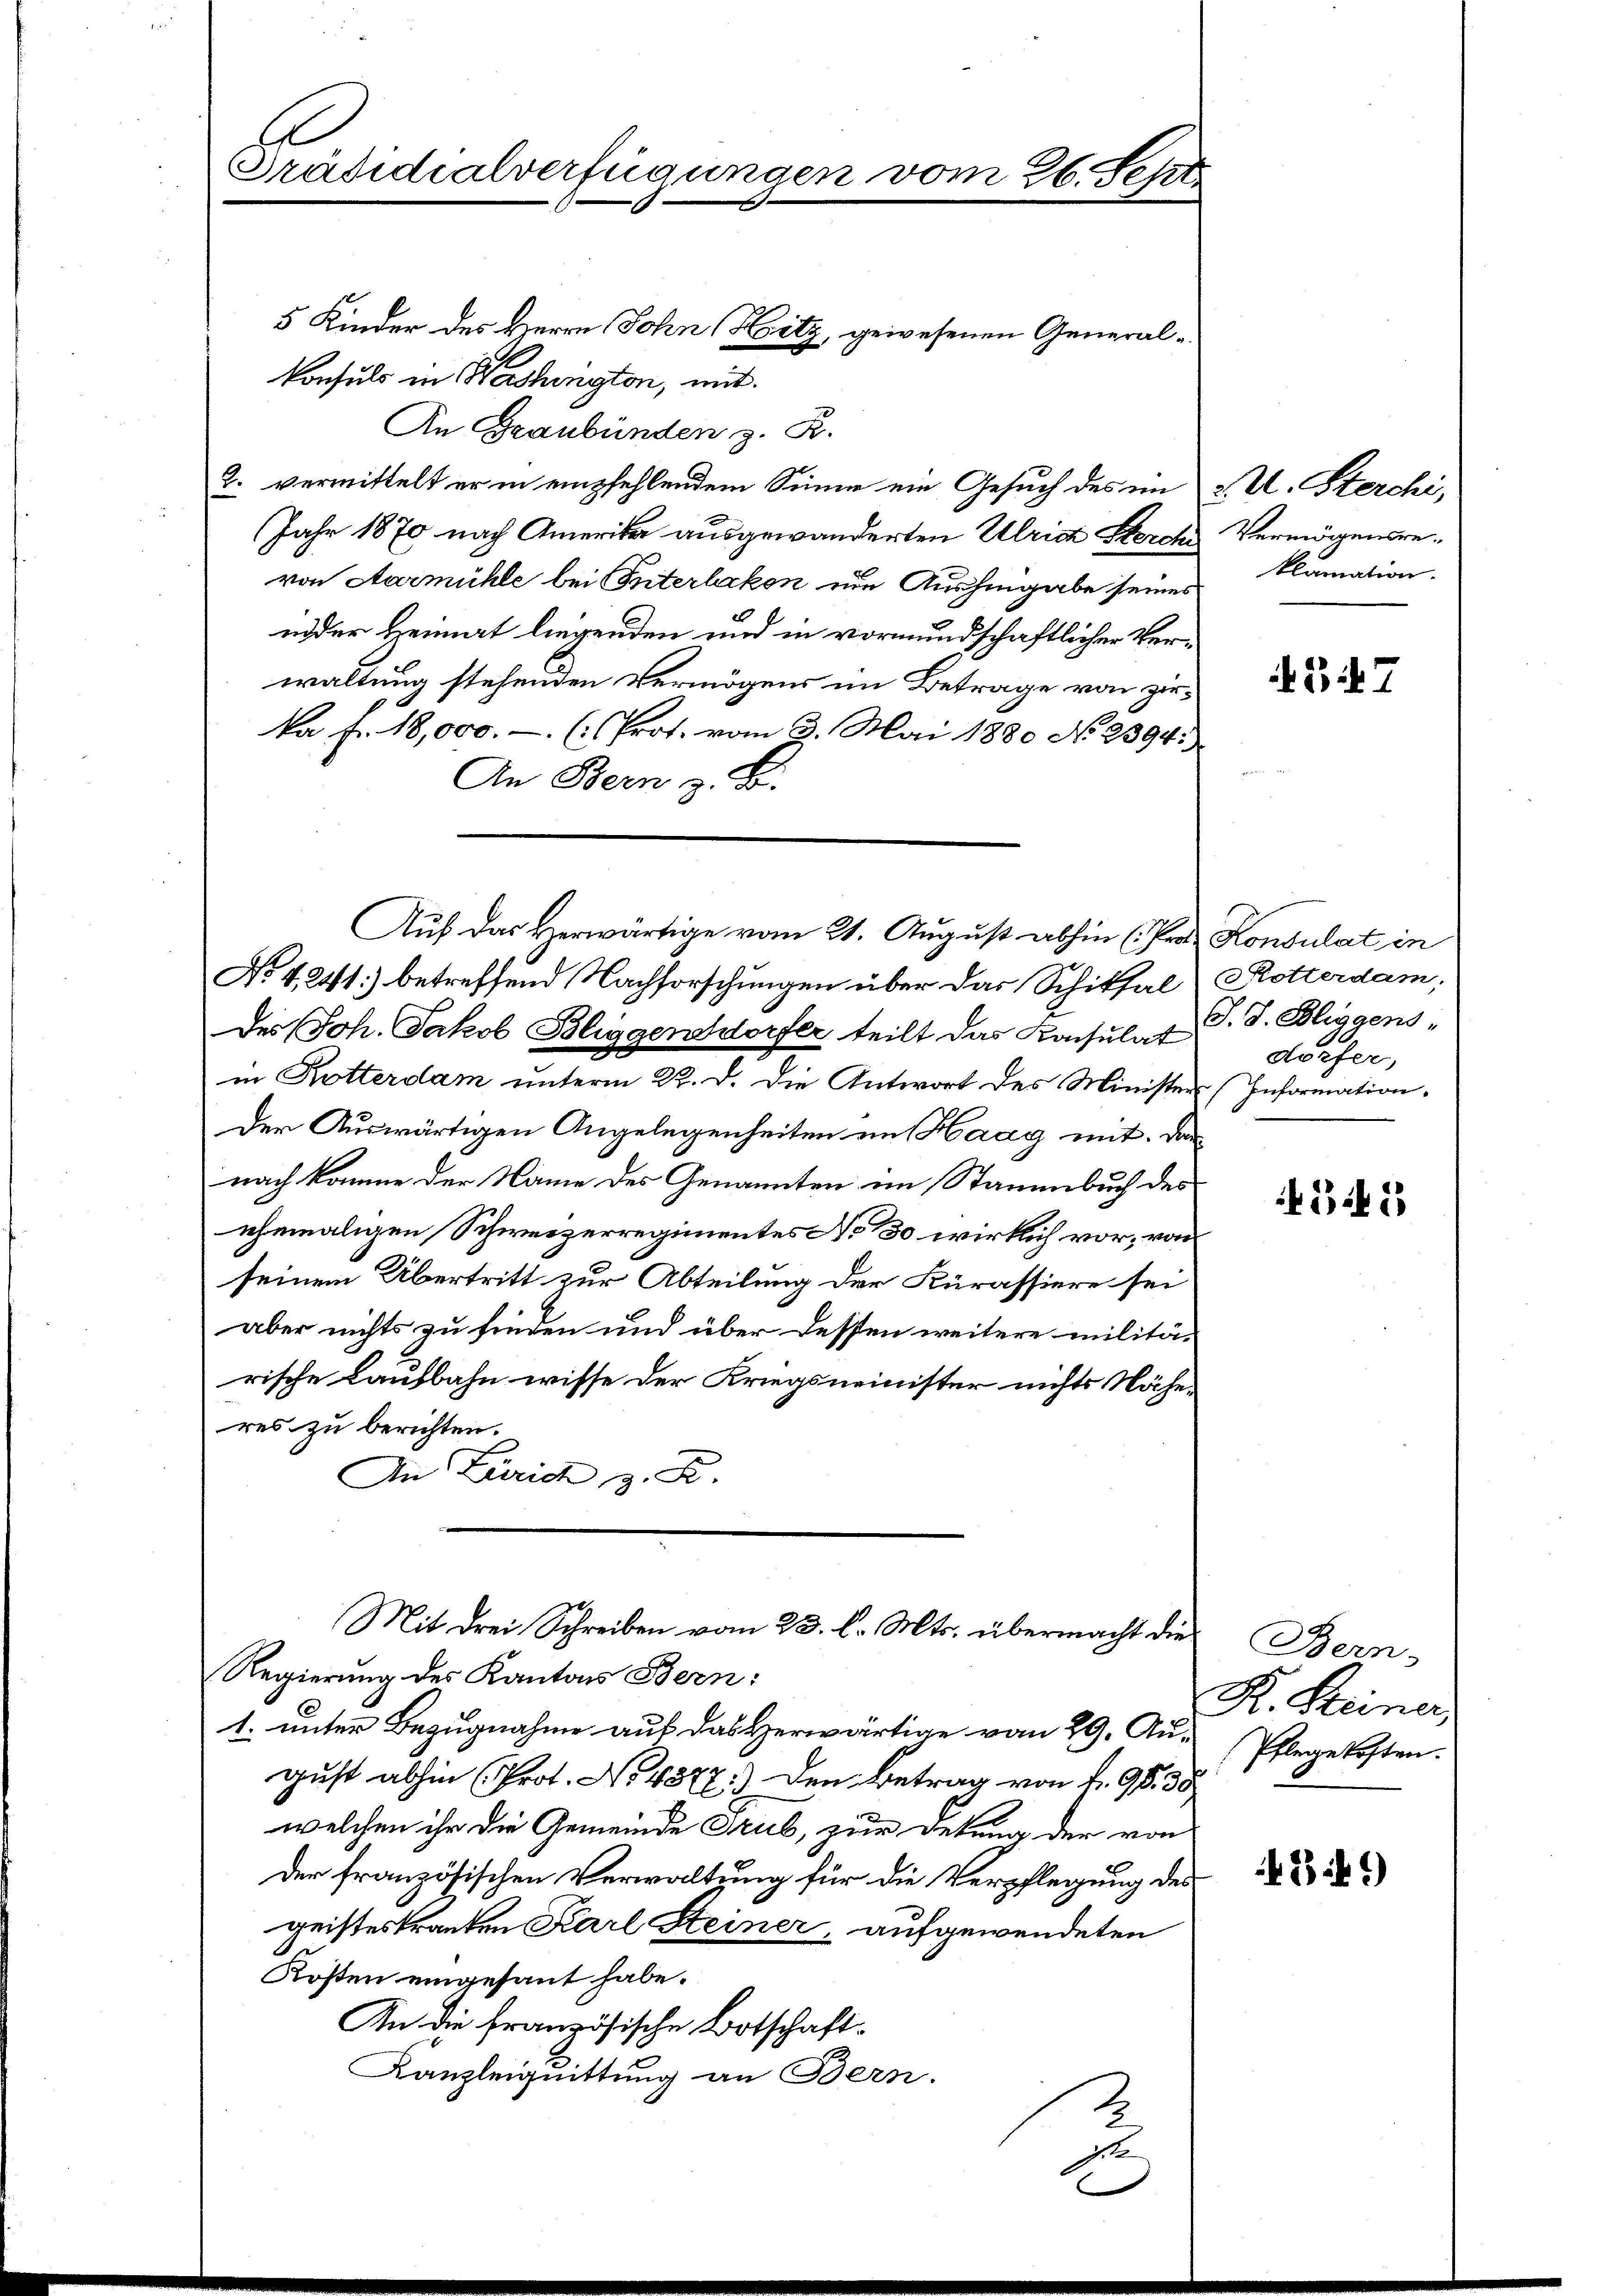
Präsidialverfügungen

Konsuls in Washington, mit
An Graubünden z. R.
2. vermittelt er in empfehlendem Sinne ein Gesuch des im u. U. Sterchi,
Jahr 1870 nach Amerika ausgewanderten Ulrich Sterche
von Aarmühle bei Interlikon um Aushingabe seines
inder Heimat liegenden und in vormundschaftlicher Verwaltung stehenden Vermögens im Betrage von zirka fr. 18,000.- (Prot. vom 3. Mai 1880 No 2394:
An Bern z. B.
No 4241) betreffend Nachforschungen über das Schiksal - Rotterdam,
Des Joh. Jakob Bliggensdorfer teilt das Konsulat J. J. Bliggens
in Kotterdam unterm 22. d. die Antwort des Ministers (Information.
Der Auswärtigen Angelegenheiten im Haag mit den
nach komme der Name des Genannten im Stammbuch des
ehemaligen Schweizerregimentes No 130 wirklich vor, von
seinem Übertritt zur Abteilung der Kurassiere sei
aber nichts zu finden und über dessen weitere militär
rische Laufbahn wisse der Kriegsminister nichts Nähe-
res zu berichten.
An Zürich z. R.
Mit drei Schreiben vom 23. d. Mts. übermacht die
Regierung des Kantons Bern:
1. unter Bezugnahme aus das Herwärtige vom 29. August abhin (Prot. No 4877) Den Betrag von 4. 96. 30
welchen ihr die Gemeinde Trub, zur Dekung der von
Der französischen Verwaltung für die Verpflegung des
geisteskranken Karl Steiner, aufgewendeten
Kosten eingesant habe.
An die französische Botschaft.
Kanzleiquittung an Bern.
ste

5 Kinder des Herrn Sohn (Heitz, gewesenen General-

4. Sept

Auf das Herwärtige vom 21. August abhin (Pro Konsulat in

Vermögensreklamation.

37

dörfer,

314

Bern,
R. Steiner
Pflege kosten.

341)